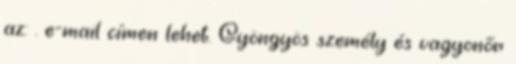
az: . e-mail címen lehet. Gyöngyös személy és vagyonőr